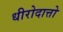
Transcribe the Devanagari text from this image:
धीरोदात्तो